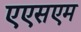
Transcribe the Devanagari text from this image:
एएसएम